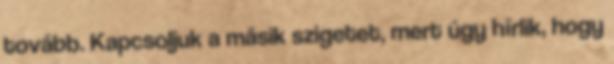
tovább. Kapcsoljuk a másik szigetet, mert úgy hírlik, hogy